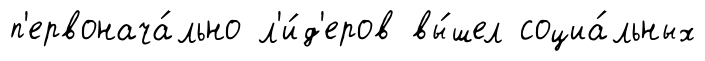
п'ервонача́льно л'и́д'еров вы́шел социа́льных